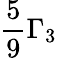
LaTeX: \frac{5}{9}\Gamma_{3}